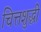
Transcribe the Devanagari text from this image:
चित्तशुद्धी